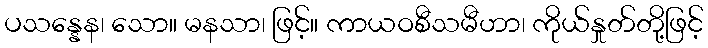
ပသန္နေန၊ သော။ မနသာ၊ ဖြင့်။ ကာယဝစီသမီဟာ၊ ကိုယ်နှုတ်တို့ဖြင့်